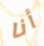
أنا